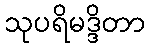
သုပရိမဒ္ဒိတာ